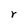
Character: r